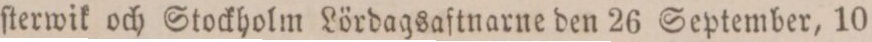
ſterwik och Stockholm Lördagsaftnarne den 26 September, 10